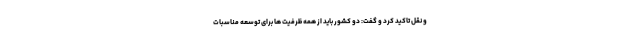
و نقل تاکید کرد و گفت: دو کشور باید از همه ظرفیت ها برای توسعه مناسبات